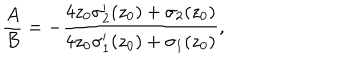
\frac { A } { B } = - \frac { 4 z _ { 0 } { \sigma } _ { 2 } ^ { \prime } ( z _ { 0 } ) + { \sigma } _ { 2 } ( z _ { 0 } ) } { 4 z _ { 0 } { \sigma } _ { 1 } ^ { \prime } ( z _ { 0 } ) + { \sigma } _ { 1 } ( z _ { 0 } ) } ,